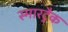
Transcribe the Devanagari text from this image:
स्मारट्रैक